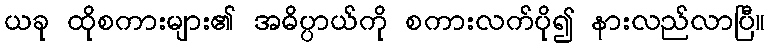
ယခု ထိုစကားများ၏ အဓိပ္ပာယ်ကို စကားလက်ပို၍ နားလည်လာပြီ။